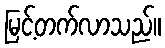
မြင့်တက်လာသည်။